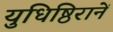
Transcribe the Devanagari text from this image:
युधिष्ठिरानें